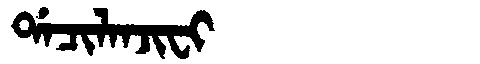
Manchu: ᡩᠠᠴᡳᠯᠠᠨᠵᡳᠸᡳ
Romanization: DACILANJIFI